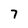
Character: 7